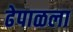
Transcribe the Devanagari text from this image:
ढेपाळला